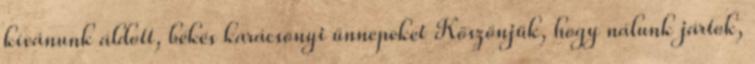
kívánunk áldott, békés karácsonyi ünnepeket Köszönjük, hogy nálunk jártok,